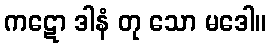
ကဋော ဒါနံ တု သော မဒေါ။